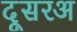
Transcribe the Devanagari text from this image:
दूसरअ